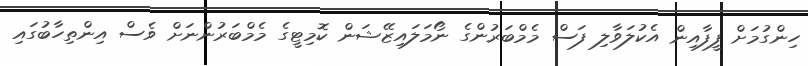
ހިންގުމަށް ފީފާއިން އެކުލަވާލި ފަސް މެމްބަރުންގެ ނޯމަލައިޒޭޝަން ކޮމިޓީގެ މެމްބަރުންނަށް ވެސް އިންތިހާބުގައި